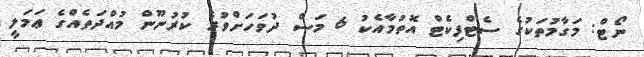
ނޯޓް: މަގާމުތަކުގެ ސެޓްފިކެޓް އޮތުމާއެކު 6 މަސް ދުވަހަށްވުރެ ކުރުނޫން މުއްދަތެއްގެ ޢަމަލީ